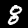
Digit: 8